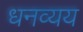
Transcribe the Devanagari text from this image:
धनव्यय